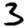
Digit: 3